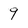
Character: 9